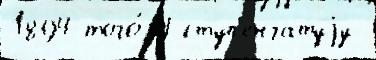
1894 того́ 4-ступ'енчатуjу